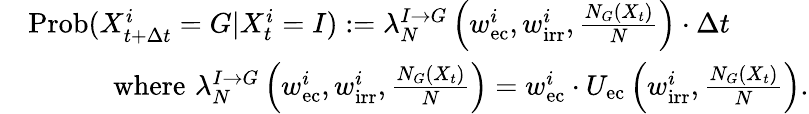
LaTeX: \begin{array}{rl}&{\mathrm{Prob}(X_{t+\Delta t}^{i}=G|X_{t}^{i}=I):=\lambda_{N}^{I\rightarrow G}\left(w_{\mathrm{ec}}^{i},w_{\mathrm{irr}}^{i},\frac{N_{G}(X_{t})}{N}\right)\cdot\Delta t}\\ &{\quad\quad\quad\mathrm{where}\, \, \lambda_{N}^{I\rightarrow G}\left(w_{\mathrm{ec}}^{i},w_{\mathrm{irr}}^{i},\frac{N_{G}(X_{t})}{N}\right)=w_{\mathrm{ec}}^{i}\cdot U_{\mathrm{ec}}\left(w_{\mathrm{irr}}^{i},\frac{N_{G}(X_{t})}{N}\right).}\end{array}